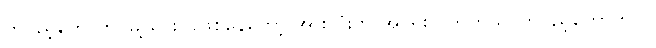
တပည့်တော်က မြို့သားလိုဖြစ်နေတော့ အားလုံးက အရေးပါကြတယ်၊ တပည့်တော်ကလဲ